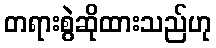
တရားစွဲဆိုထားသည်ဟု